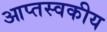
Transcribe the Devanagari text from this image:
आप्तस्वकीय